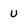
Character: U